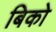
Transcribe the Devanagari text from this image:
बिको